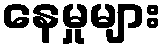
နေမှုများ